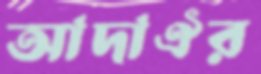
আদাঐর